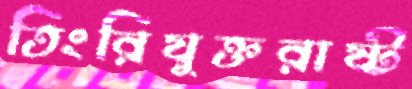
তিংরিযুক্তরাষ্ট